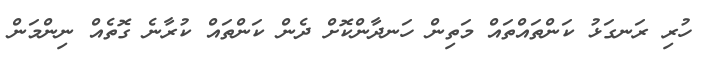
ހުރި ރަނގަޅު ކަންތައްތައް މަތިން ހަނދާންކޮށް ދެން ކަންތައް ކުރާނެ ގޮތެއް ނިންމަން